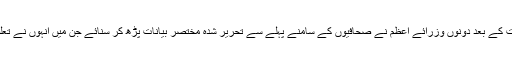
ایک گھنٹے سے زائد جاری رہنے والی ملاقات کے بعد دونوں وزرائے اعظم نے صحافیوں کے سامنے پہلے سے تحریر شدہ مختصر بیانات پڑھ کر سنائے جن میں انہوں نے تعلقات کے نئے دور کے آغاز کا عزم ظاہر کیا۔